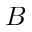
B